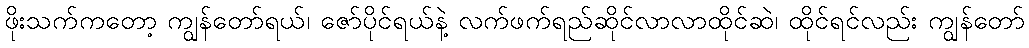
ဖိုးသက်ကတော့ ကျွန်တော်ရယ်၊ ဇော်ပိုင်ရယ်နဲ့ လက်ဖက်ရည်ဆိုင်လာလာထိုင်ဆဲ၊ ထိုင်ရင်လည်း ကျွန်တော်